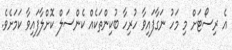
އެ ރިސޯޓަށް މި މަހު ނަގާފައިވާ ހުރިހާ ބުކިންތަކެއް ކެންސަލް ކޮށްލާފައިވާ ކަމަށެވެ.